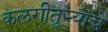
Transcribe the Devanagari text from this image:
कलगीतुर्‍याचे